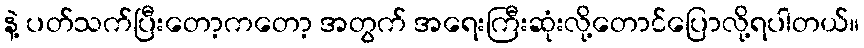
နဲ့ ပတ်သက်ပြီးတော့ကတော့ အတွက် အရေးကြီးဆုံးလို့တောင်ပြောလို့ရပါတယ်။